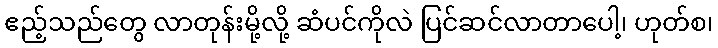
ဧည့်သည်တွေ လာတုန်းမို့လို့ ဆံပင်ကိုလဲ ပြင်ဆင်လာတာပေါ့၊ ဟုတ်စ၊